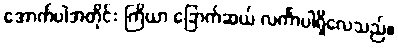
အောက်ပါအတိုင်း ကြိယာ ခြောက်ဆယ် လင်္ကာပါရှိလေသည်။